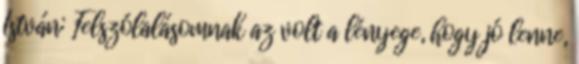
István: Felszólalásomnak az volt a lényege, hogy jó lenne,